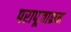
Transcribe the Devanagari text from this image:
परापूजाक्रम